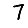
Digit: 7